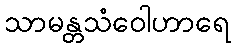
သာမန္တသံဝေါဟာရေ